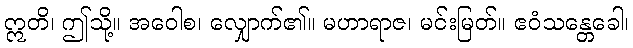
ဣတိ၊ ဤသို့။ အဝေါစ၊ လျှောက်၏။ မဟာရာဇ၊ မင်းမြတ်။ ဧဝံသန္တေခေါ၊